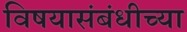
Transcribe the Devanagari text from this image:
विषयासंबंधीच्या